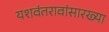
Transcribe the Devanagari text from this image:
यशवंतरावांसारख्या